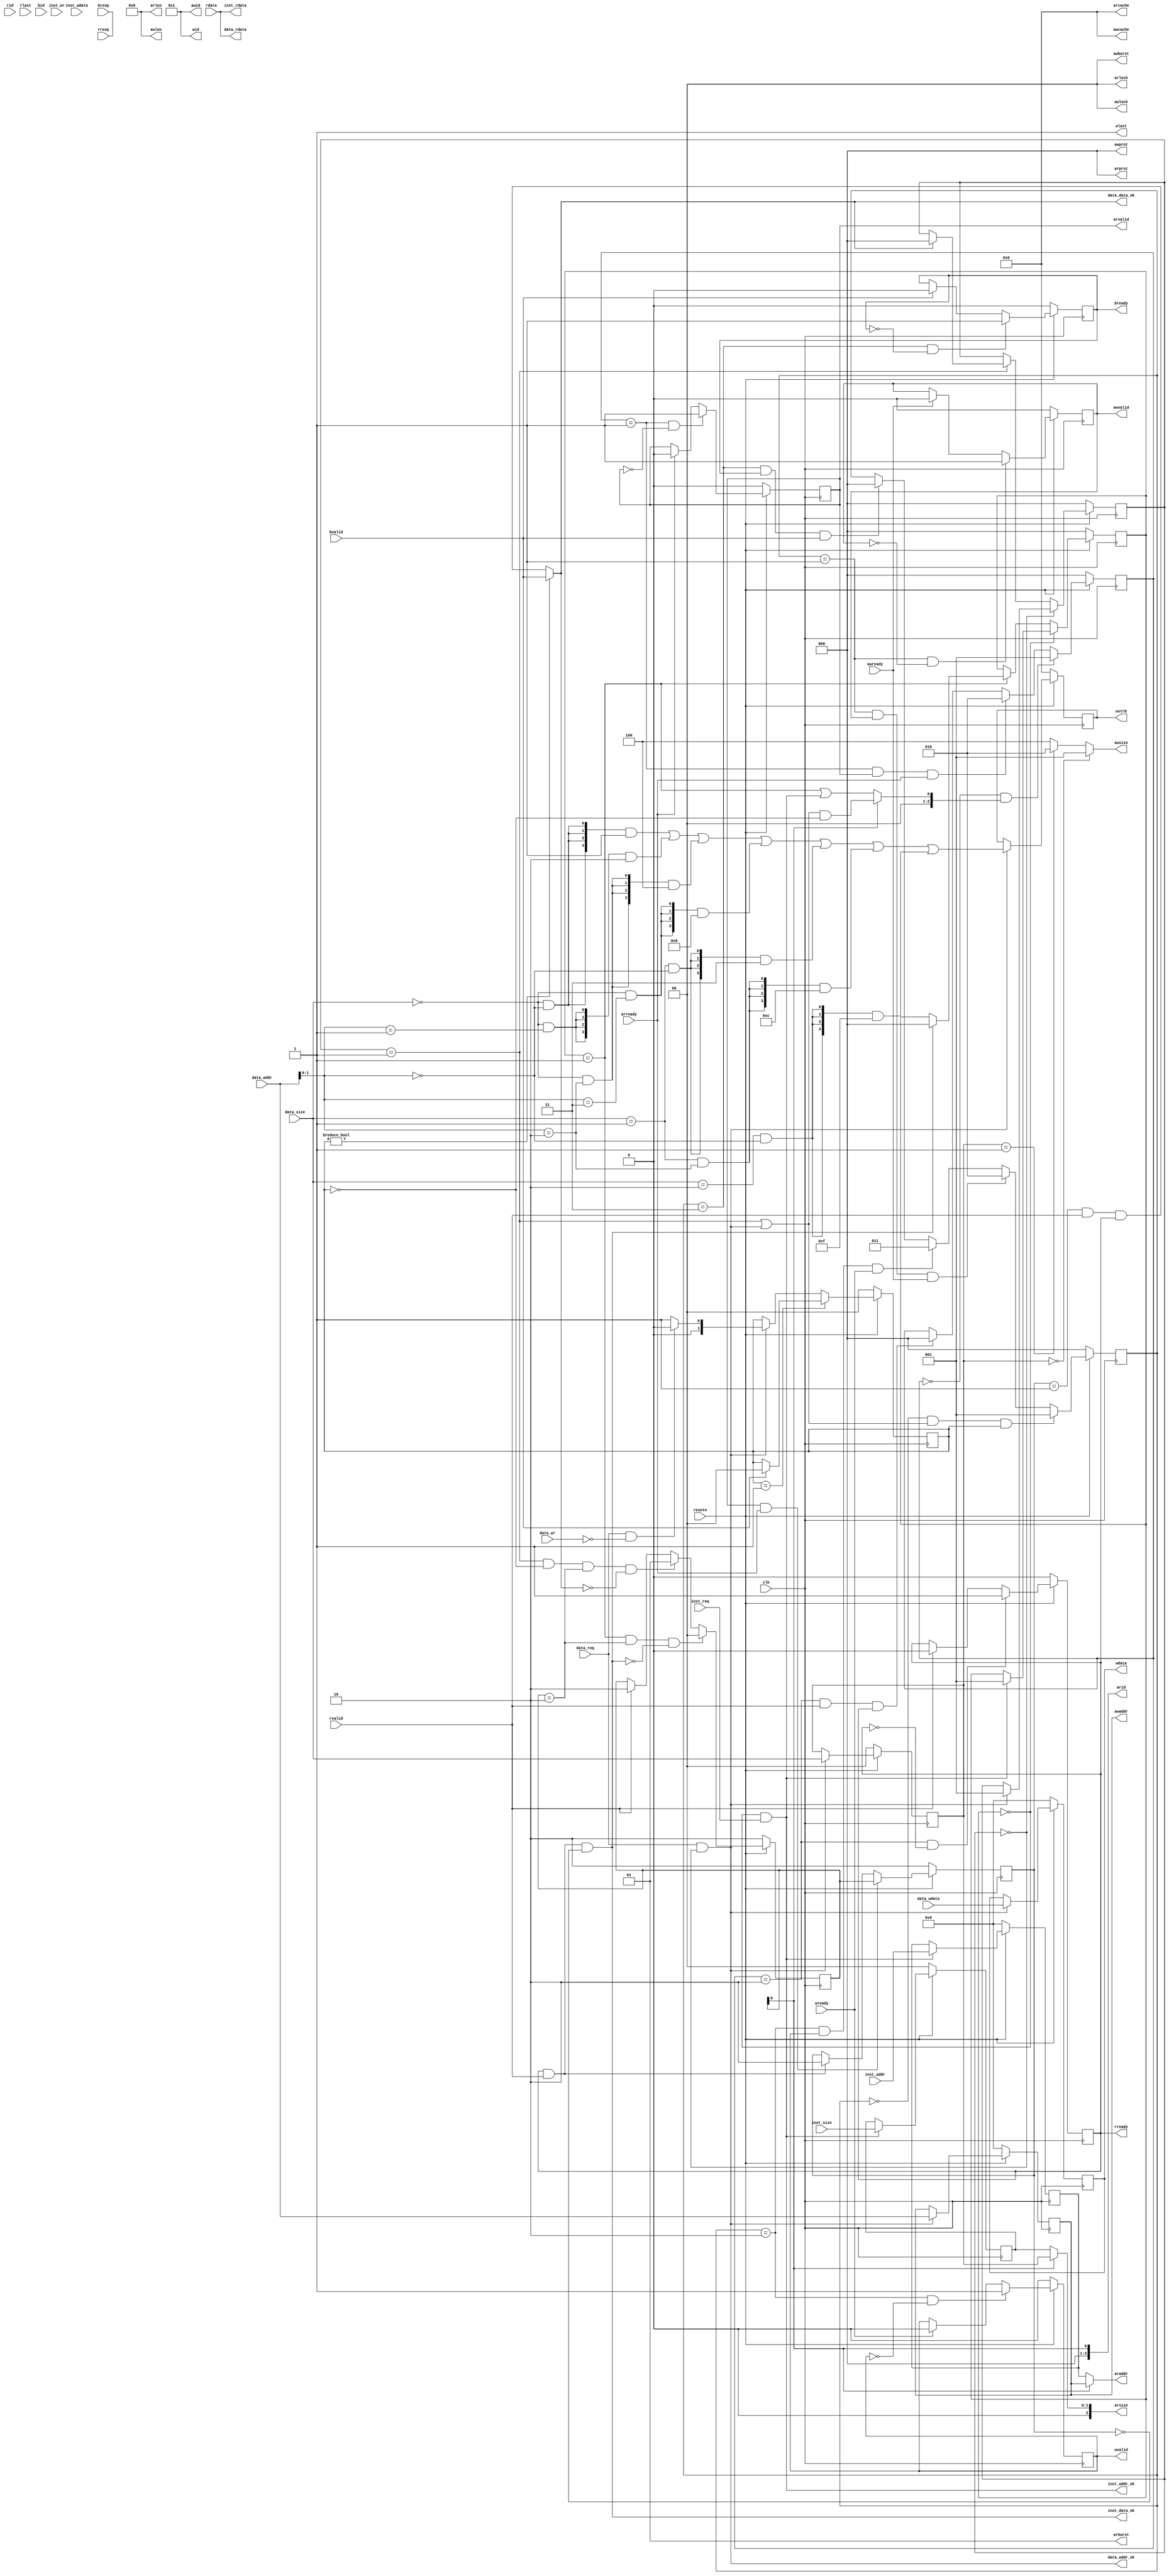
module cpu_axi_interface
(
    input         clk,
    input         resetn, 

    //------inst sram-like-------
    input          inst_req    ,
    input          inst_wr     ,
    input   [1 :0] inst_size   ,
    input   [31:0] inst_addr   ,
    input   [31:0] inst_wdata  ,
    output  [31:0] inst_rdata  ,
    output         inst_addr_ok,
    output         inst_data_ok,
    
    //------data sram-like-------
    input            data_req    ,
    input            data_wr     ,
    input     [1 :0] data_size   ,
    input     [31:0] data_addr   ,
    input     [31:0] data_wdata  ,
    output    [31:0] data_rdata  ,
    output           data_addr_ok,
    output           data_data_ok,

    //ar
    output  [3 :0] arid   ,
    output  [31:0] araddr,
    output  [7 :0] arlen  ,
    output  [2 :0] arsize ,
    output  [1 :0] arburst,
    output  [1 :0] arlock ,
    output  [3 :0] arcache,
    output  [2 :0] arprot ,
    output  reg    arvalid,
    input          arready,
    //r
    input [3 :0] rid    ,
    input [31:0] rdata  ,
    input [1 :0] rresp ,
    input        rlast ,
    input        rvalid ,
    output  reg  rready ,
    //aw
    output  [3 :0] awid   ,
    output  [31:0] awaddr ,
    output  [7 :0] awlen  ,
    output  [2 :0] awsize ,
    output  [1 :0] awburst,
    output  [1 :0] awlock ,
    output  [3 :0] awcache,
    output  [2 :0] awprot ,
    output  reg    awvalid,
    input          awready,
    //w
    output  [3 :0] wid    ,
    output  [31:0] wdata  ,
    output  [3 :0] wstrb  ,
    output         wlast  ,
    output  reg    wvalid ,
    input          wready ,
    //b
    input [3 :0] bid    ,
    input [1 :0] bresp  ,
    input        bvalid ,
    output  reg  bready 
);

    assign arlen    = 8'b0;
    assign arburst   = 2'b01;
    assign arlock   = 2'b0;
    assign arcache  = 4'b0;
    assign arprot   = 3'b0;

    assign rresp   = 2'b0;
    assign rlast   = 1'b0;

    assign awid     = 3'b1;
    assign awlen    = 8'b0;
    assign awburst  = 2'b0;
    assign awlock   = 2'b0;
    assign awcache  = 4'b0;
    assign awprot   = 3'b0;

    assign wid      = 4'b1;
    assign wlast    = 1'b1;

    assign bid      = 4'b0;/////????????
    assign bresp    = 2'b0;

    //rst
    assign rst = !resetn;

    //////sram //////data
    //mode
    reg [1:0] data_mode;
    always @(posedge clk)
    begin
        if(rst)
        begin
            data_mode <= 1'b0;
        end
        else if(data_mode == 1'b1)
        begin
            if(bvalid == 1'b1)
            begin
                data_mode <= 1'b0;
            end
        end
        else if(mode_change)
        begin
            if(mode_read)
            begin
                data_mode <= 1'b0;
            end
            else
            begin
                data_mode <= 1'b1;
            end
        end
    end

    reg [2:0] data_work_state;
    always @(posedge clk)
    begin
        if(rst)
        begin
            data_work_state <= 3'b0;
        end
        /*else if(mode_change)
        begin
            data_work_state <= 3'b0;
        end*/
        else if(data_work_state == 3'b0)
        begin
            if(data_addr_ok == 1'b1)
            begin
                data_work_state <= 3'b1;
            end
        end
        else if(data_work_state == 3'b1)
        begin
            if(data_data_ok == 1'b1)
            begin
                data_work_state <= 3'b0;
            end
        end
    end

    wire    mode_change;
    assign  mode_change = data_req && (data_work_state == 1'b0);
    //reg [2:0] data_work_state_record;

    wire    mode_read;
    wire    mode_write;
    assign  mode_read   = data_req && ~data_wr;
    assign  mode_write  = data_req && data_wr;

    assign  data_addr_ok    = (data_work_state == 3'b0) && data_req;
    assign  data_data_ok    = data_mode ? bvalid : ((source_reg == 2'b1) && rvalid && rready);
    assign  data_rdata      = rdata;

    reg [31:0] data_addr_reg;
    always @(posedge clk)
    begin
        if(rst)
        begin
            data_addr_reg <= 32'b0;
        end
        else if(data_addr_ok)
        begin
            data_addr_reg <= data_addr;
        end
    end

    reg [31:0] data_wdata_reg;
    always @(posedge clk)
    begin
        if(rst)
        begin
            data_wdata_reg <= 32'b0;
        end
        else if(data_addr_ok)
        begin
            data_wdata_reg <= data_wdata;
        end
    end

    reg [1:0] data_size_reg;
    always @(posedge clk)
    begin
        if(rst)
        begin
            data_size_reg <= 2'b0;
        end
        else if(data_addr_ok)
        begin
            data_size_reg <= data_size;
        end
    end

    wire[3:0] task_wstrb;
    reg [3:0] task_wstrb_reg;
    always @(posedge clk)
    begin
        if(rst)
        begin
            task_wstrb_reg <= 4'b0;
        end
        else if(data_addr_ok)
        begin
            task_wstrb_reg <= task_wstrb;
        end
    end
    assign task_wstrb = ({4{(data_size == 2'b00) && (data_addr[1:0] == 2'b00)}} & 4'b0001) |
                        ({4{(data_size == 2'b00) && (data_addr[1:0] == 2'b01)}} & 4'b0010) |
                        ({4{(data_size == 2'b00) && (data_addr[1:0] == 2'b10)}} & 4'b0100) |
                        ({4{(data_size == 2'b00) && (data_addr[1:0] == 2'b11)}} & 4'b1000) |
                        ({4{(data_size == 2'b01) && (data_addr[1:0] == 2'b00)}} & 4'b0011) |
                        ({4{(data_size == 2'b01) && (data_addr[1:0] == 2'b10)}} & 4'b1100) |
                        ({4{(data_size == 2'b10) && (data_addr[1:0] == 2'b00)}} & 4'b1111);

    //////sram //////inst
    reg [2:0] inst_work_state;
    always @(posedge clk)
    begin
        if(rst)
        begin
            inst_work_state <= 3'b0;
        end
        else if(inst_work_state == 3'b0)
        begin
            if(inst_addr_ok == 1'b1)
            begin
                inst_work_state <= 3'b1;
            end
        end
        else if(inst_work_state == 3'b1)
        begin
            if(inst_data_ok == 1'b1)
            begin
                inst_work_state <= 3'b0;
            end
        end
    end

    assign  inst_addr_ok    = (inst_work_state == 3'b0) && inst_req;
    assign  inst_data_ok    = rready && rvalid && (source_reg == 2'b0);
    assign  inst_rdata      = rdata;

    reg [31:0] inst_addr_reg;
    always @(posedge clk)
    begin
        if(rst)
        begin
            inst_addr_reg <= 32'b0;
        end
        else if(inst_addr_ok)
        begin
            inst_addr_reg <= inst_addr;
        end
    end

    reg [1:0] inst_size_reg;
    always @(posedge clk)
    begin
        if(rst)
        begin
            inst_size_reg <= 2'b0;
        end
        else if(inst_addr_ok)
        begin
            inst_size_reg <= inst_size;
        end
    end

    ///////axi //////write
    wire write_allow;
    assign write_allow = 1'b1;

    reg [2:0] axi_write_state;
    always @(posedge clk)
    begin
        if(rst)
        begin
            axi_write_state <= 3'd0;
        end
        else if((axi_write_state == 3'd0) && ((data_work_state == 3'd1) || (data_addr_ok == 1'b1)) && data_mode)
        begin
            axi_write_state <= 3'd1;
        end
        else if((axi_write_state == 3'd1) && (awvalid == 1'b1) && (awready == 1'b1))
        begin
            axi_write_state <= 3'd2;
        end
        else if((axi_write_state == 3'd2) && (wvalid == 1'b1) && (wready == 1'b1))
        begin
            axi_write_state <= 3'd3;
        end
        else if((axi_write_state == 3'd3) && (bready == 1'b1) && (bvalid == 1'b1))
         begin
            axi_write_state <= 3'd0;
        end
    end

    assign awaddr   = data_addr_reg;
    assign awsize   =   (data_size_reg == 2'd0) ? 3'd1 :
                        (data_size_reg == 2'd1) ? 3'd2 :
                        3'd4;

    always @(posedge clk)
    begin
        if(rst)
        begin
            awvalid <= 1'b0;
        end
        else if((axi_write_state == 3'd1) && (awvalid == 1'b0))
        begin
            awvalid <= 1'b1;
        end
        else if(awready == 1'b1)
        begin
            awvalid <= 1'b0;
        end
    end

    assign wdata    = data_wdata_reg;
    assign wstrb    = task_wstrb_reg;

    always @(posedge clk)
    begin
        if(rst)
        begin
            wvalid <= 1'b0;
        end
        else if((axi_write_state == 3'd2) && (wvalid == 1'b0))
        begin
            wvalid <= 1'b1;
        end
        else if(wready == 1'b1)
        begin
            wvalid <= 1'b0;
        end
    end

    always @(posedge clk)
    begin
        if(rst)
        begin
            bready <= 1'b0;
        end
        else if((axi_write_state == 3'd3) && (bready == 1'b0))
        begin
            bready <= 1'b1;
        end
        else if(bvalid == 1'b1)
        begin
            bready <= 1'b0;
        end
    end

    ///////axi //////read
    reg [1:0]source;
    always @(posedge clk)
    begin
        if(rst)
        begin
            source <= 2'd2;
        end
        else if((inst_work_state == 1'b1) && (source == 2'd2) && !inst_data_ok)
        begin
            source <= 2'd0;
        end
        else if((data_work_state == 1'b1) && (data_mode == 1'b0) && (source == 2'd2) && !data_data_ok)
        begin
            source <= 2'd1;
        end
        else if(rvalid == 1'b1)
        begin
            source <= 2'd2;
        end
    end

    reg[1:0] source_reg;
    always @(posedge clk)
    begin
        if(rst)
        begin
            source_reg <= 2'd2;
        end
        else if(arvalid && arready)
        begin
            source_reg <= source;
        end
        else if(rvalid && rready)
        begin
            source_reg <= 2'd2;
        end
    end


    wire [2:0] state_input;
    assign state_input = arid ? (((data_work_state == 3'd1) || (data_addr_ok == 1'b1)) && (data_mode == 1'b0)) : ((inst_work_state == 3'd1) || (inst_addr_ok == 1'b1));

    reg [2:0] axi_read_state;
    always @(posedge clk)
    begin
        if(rst)
        begin
            axi_read_state <= 3'd0;
        end
        else if((axi_read_state == 3'd0) && state_input)
        begin
            axi_read_state <= 3'd1;
        end
        else if((axi_read_state == 3'd1) && (arvalid == 1'b1) && (arready == 1'b1))
        begin
            axi_read_state <= 3'd2;
        end
        else if((axi_read_state == 3'd2) && (rvalid == 1'b1) && (rready == 1'b1))
         begin
            axi_read_state <= 3'd0;
        end
    end

    assign arid     = source[0];
    assign araddr  = arid ? data_addr_reg : inst_addr_reg;
    assign arsize   = arid ? data_size_reg : inst_size_reg;

    always @(posedge clk)
    begin
        if(rst)
        begin
            arvalid <= 1'b0;
        end
        else if((axi_read_state == 3'd1) && (arvalid == 1'b0))
        begin
            arvalid <= 1'b1;
        end
        else if(arready == 1'b1)
        begin
            arvalid <= 1'b0;
        end
    end

    always @(posedge clk)
    begin
        if(rst)
        begin
            rready <= 1'b0;
        end
        else if((axi_read_state == 3'd2) && (rready == 1'b0))
        begin
            rready <= 1'b1;
        end
        else if(rvalid == 1'b1)
        begin
            rready <= 1'b0;
        end
    end

endmodule